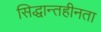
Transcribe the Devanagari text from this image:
सिद्धान्तहीनता